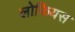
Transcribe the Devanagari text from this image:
लोफियस